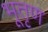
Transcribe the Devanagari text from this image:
भूतृण